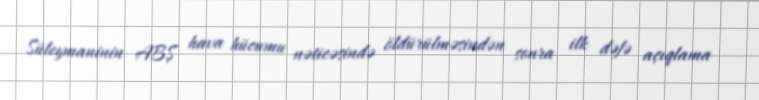
Süleymaninin ABŞ hava hücumu nəticəsində öldürülməsindən sonra ilk dəfə açıqlama